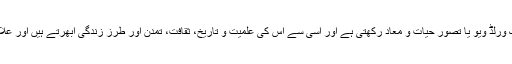
اس تحریر کا حاصلِ کلام یہی ہے کہ ہر تہذیب اپنا ایک الگ ورلڈ ویو یا تصورِ حیات و مَعاد رکھتی ہے اور اسی سے اس کی علمیت و تاریخ، ثقافت، تمدن اور طرزِ زندگی ابھرتے ہیں اور علامتی نظام Symbolism Structure بھی مرتب ہوتا ہے۔